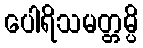
ပေါရိသမတ္တမ္ပိ